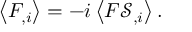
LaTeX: \left\langle F _ { , i } \right\rangle = - i \left\langle F { \mathcal { S } } _ { , i } \right\rangle .